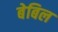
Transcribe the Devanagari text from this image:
बेबिल